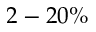
2 - 2 0 \%